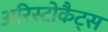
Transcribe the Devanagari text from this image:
अरिस्टोकैट्स